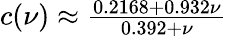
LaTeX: \begin{array}{r}{c(\nu)\approx\frac{0.2168+0.932\nu}{0.392+\nu}}\end{array}